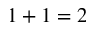
1 + 1 = 2